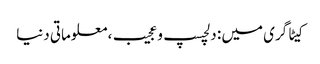
کیٹاگری میں : دلچسپ و عجیب، معلوماتی دنیا